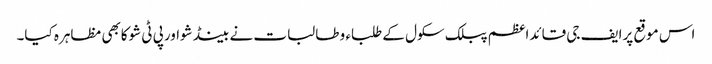
اس موقع پرایف جی قائداعظم پبلک سکول کے طلباء و طالبات نے بینڈشواورپی ٹی شوکابھی مظاہرہ کیا۔